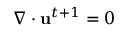
\nabla \cdot \mathbf { u } ^ { t + 1 } = 0